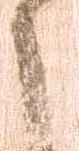
之